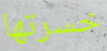
خسرتها